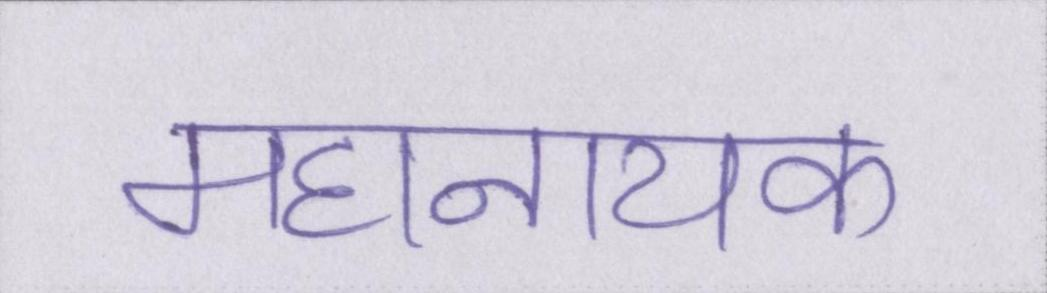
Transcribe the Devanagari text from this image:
महानायक